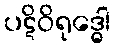
ပဋိဝိရုဒ္ဓေါ